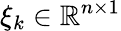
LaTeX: \xi_{k}\in\mathbb{R}^{n\times 1}